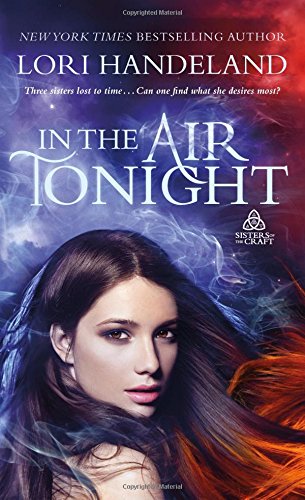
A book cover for In The Air Tonight (Sisters of the Craft); Lori Handeland; Romance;